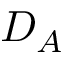
D _ { A }